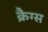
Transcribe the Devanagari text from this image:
क्रैग्स